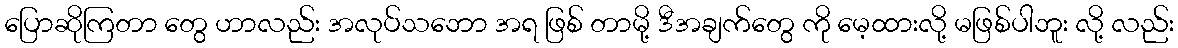
ပြောဆိုကြတာ တွေ ဟာလည်း အလုပ်သဘော အရ ဖြစ် တာမို့ ဒီအချက်တွေ ကို မေ့ထားလို့ မဖြစ်ပါဘူး လို့ လည်း